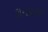
કામદારના